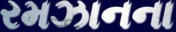
રમઝાનના